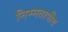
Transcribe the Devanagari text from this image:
निम्नतापीय